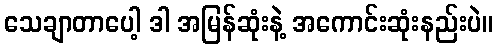
သေချာတာပေါ့ ဒါ အမြန်ဆုံးနဲ့ အကောင်းဆုံးနည်းပဲ။